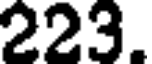
223.